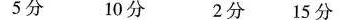
5分 10分 2分 15分